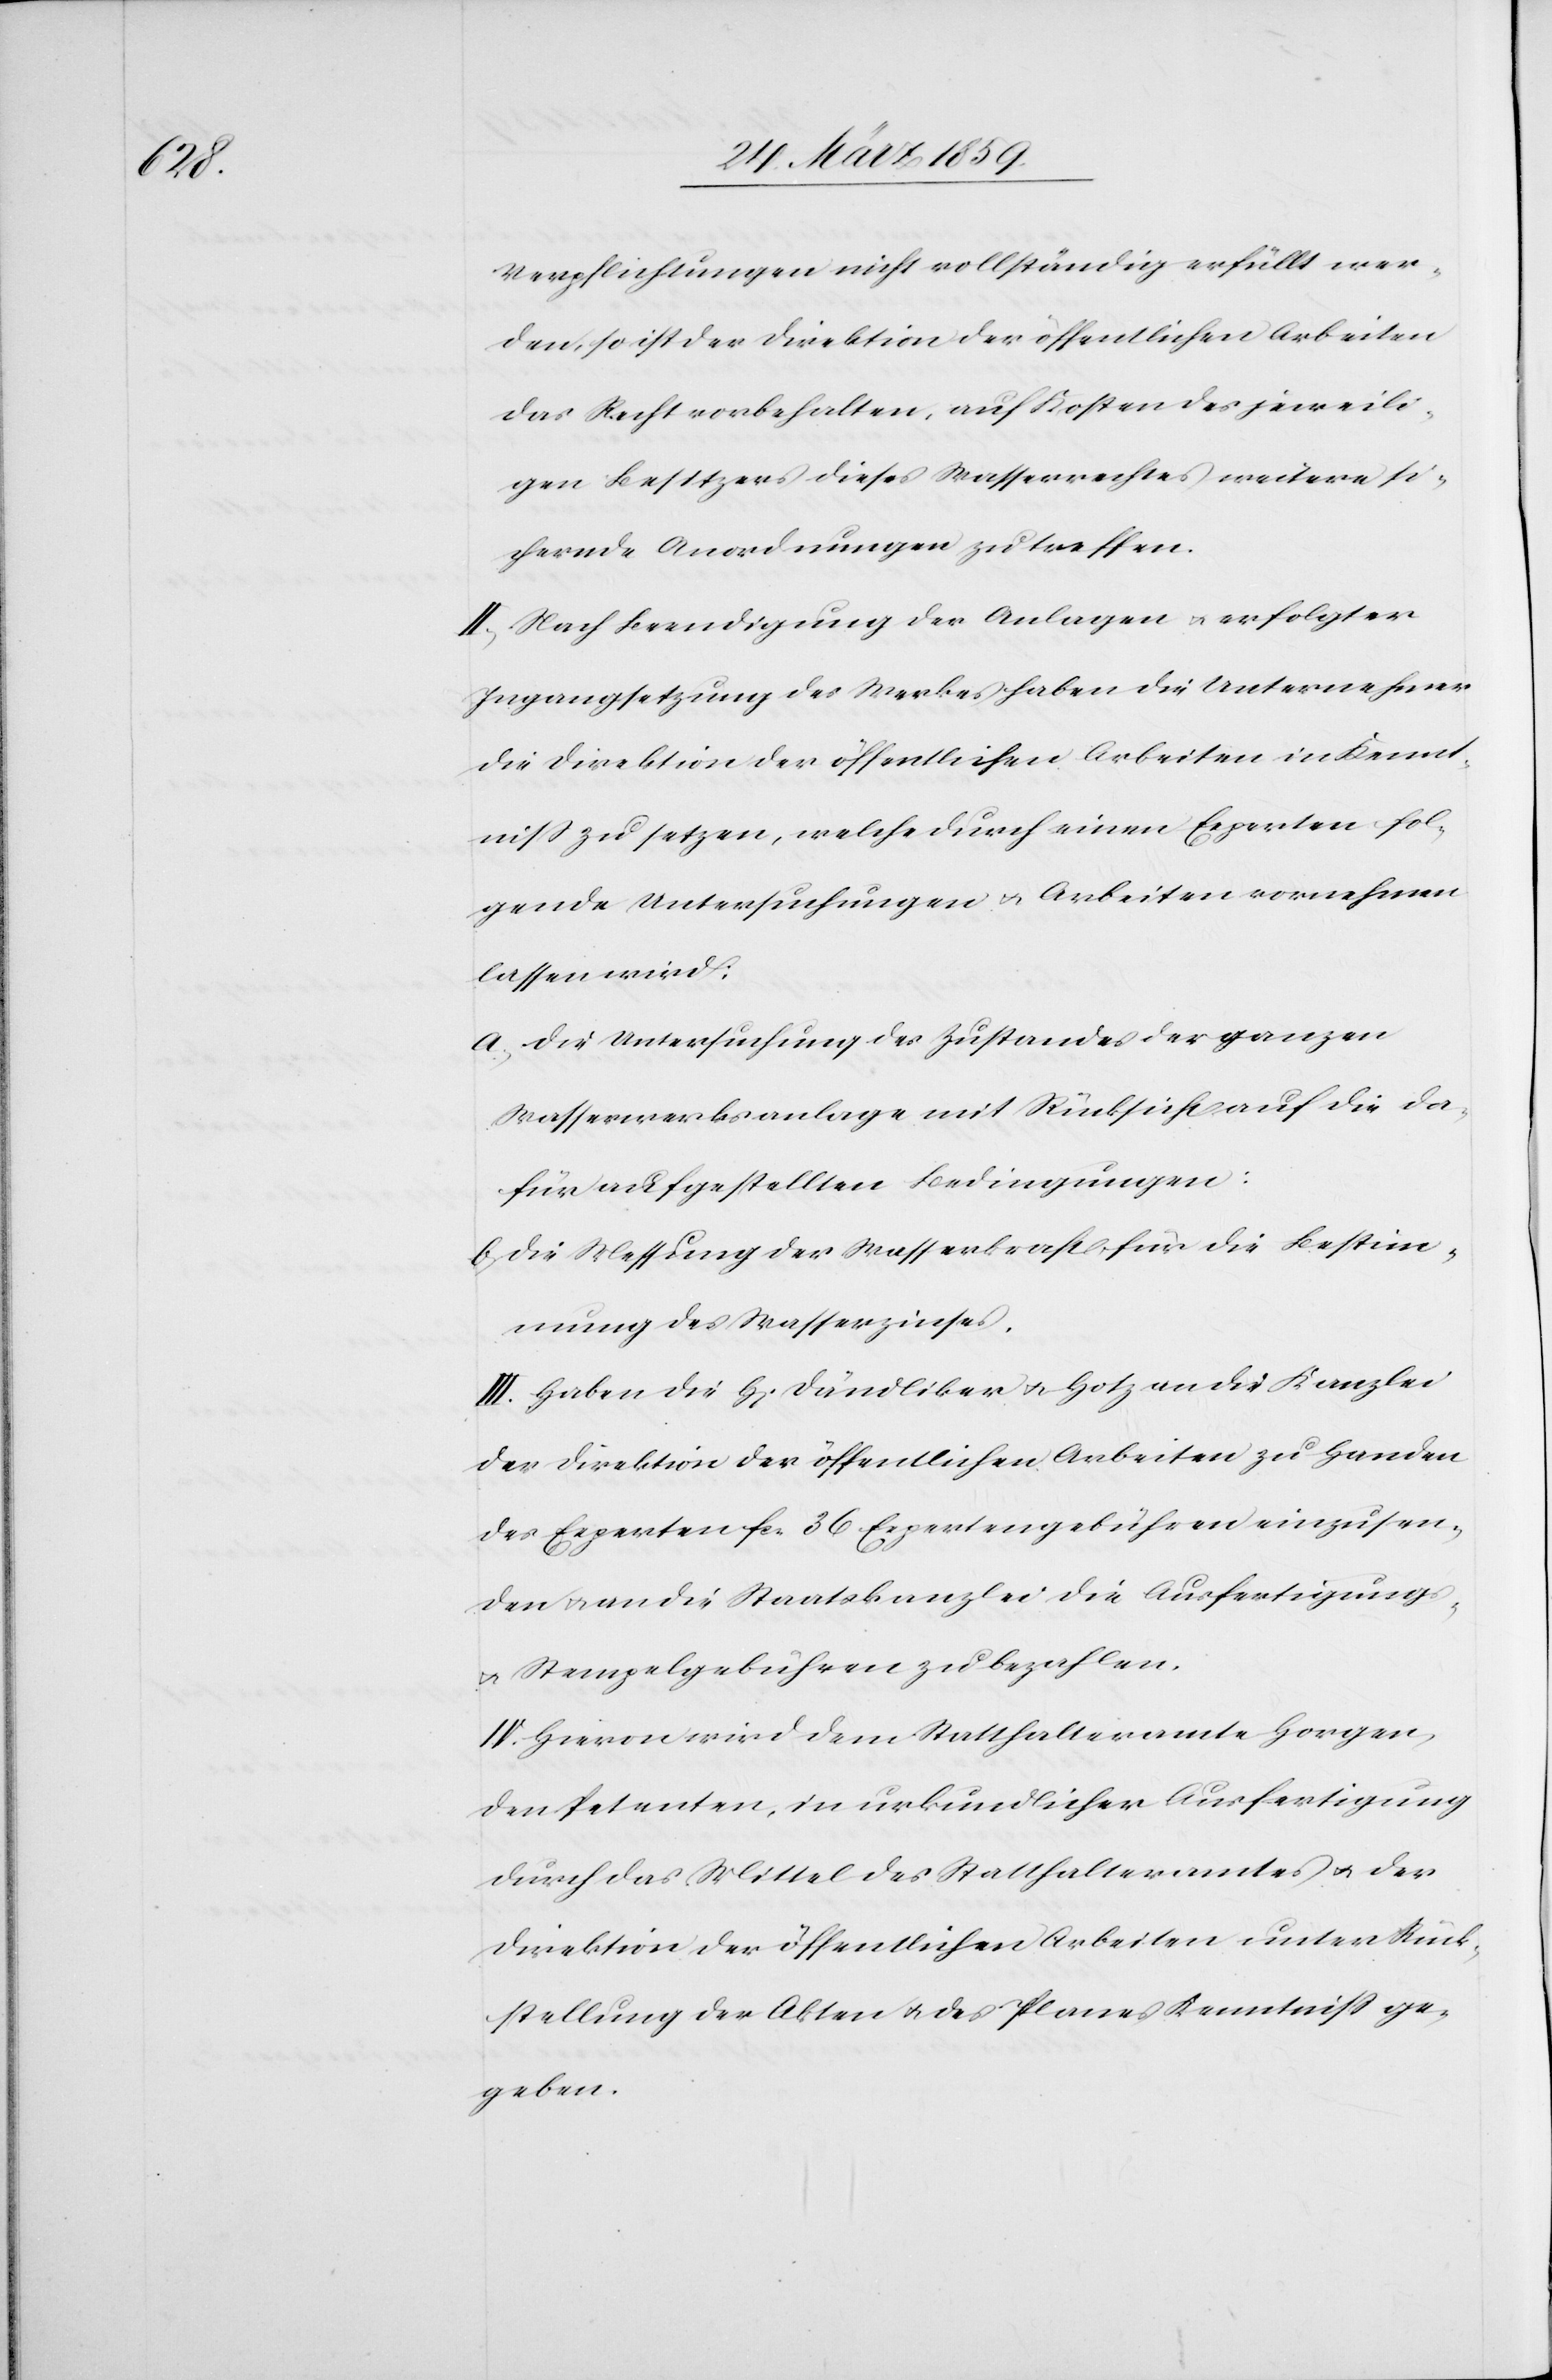
Verpflichtungen nicht vollständig erfüllt wer¬
den, so ist der Direktion der öffentlichen Arbeiten
das Recht vorbehalten, auf Kosten des jeweili¬
gen Besitzers dieses Wasserrechtes weitere si¬
chernde Anordnungen zu treffen.
II. Nach Beendigung der Anlagen u. erfolgter
Ingangsetzung des Werkes haben die Unternehmer
die Direktion der öffentlichen Arbeiten in Kennt¬
niß zu setzen, welche durch einen Experten fol¬
gende Untersuchungen u. Arbeiten vornehmen
lassen wird:
a) die Untersuchung des Zustandes der ganzen
Wasserwerksanlage mit Rücksicht auf die da¬
für aufgestellten Bedingungen:
b) die Messung der Wasserkraft, für die Bestim¬
mung des Wasserzinses.
III. Haben die H[erren] Dändliker u. Hotz an die Kanzlei
der Direktion der öffentlichen Arbeiten zu Handen
des Experten fcs. 36 Expertengebühren einzusen¬
den u. an die Staatskanzlei die Ausfertigungs-
u. Stempelgebühren zu bezahlen.
IV. Hievon wird dem Statthalteramte Horgen,
den Petenten, in urkundlicher Ausfertigung
durch das Mittel des Statthalteramtes u. der
Direktion der öffentlichen Arbeiten unter Rück¬
stellung der Akten u. des Planes Kenntniß ge¬
geben.